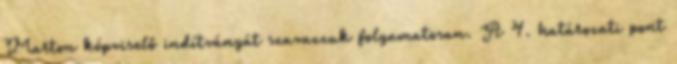
Marton képviselő indítványát szavazzuk folyamatosan. A 4. határozati pont